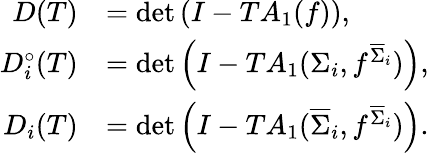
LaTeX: \begin{array}{rl}{D(T)}&{=\mathrm{det}\left(I-TA_{1}(f)\right),}\\ {D_{i}^{\circ}(T)}&{=\mathrm{det}\left(I-TA_{1}(\Sigma_{i},f^{\overline{{\Sigma}}_{i}})\right),}\\ {D_{i}(T)}&{=\mathrm{det}\left(I-TA_{1}(\overline{{\Sigma}}_{i},f^{\overline{{\Sigma}}_{i}})\right).}\end{array}